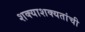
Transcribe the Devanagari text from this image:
शक्याशक्यतांची